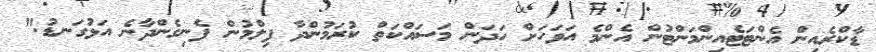
ޑާކްރެއިން އެންޓަޓެއިންމަންޓުން އެންމެ އަވަހަށް ހަދަން މަސައްކަތް ކުރަމުންދާ ފިލްމުން ފެނިގެންދާނެ އަޅުގަނޑު."